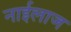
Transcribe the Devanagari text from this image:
नाईलाज